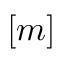
[ m ]